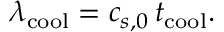
\lambda _ { \mathrm { c o o l } } = c _ { s , 0 } \, t _ { \mathrm { c o o l } } .